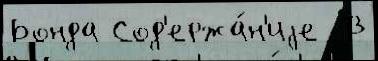
Бонда Сод'ержа́н'иjе  В